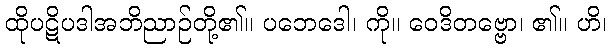
ထိုပဋိပဒါအဘိညာဉ်တို့၏။ ပဘေဒေါ၊ ကို။ ဝေဒိတဗ္ဗော၊ ၏။ ဟိ၊